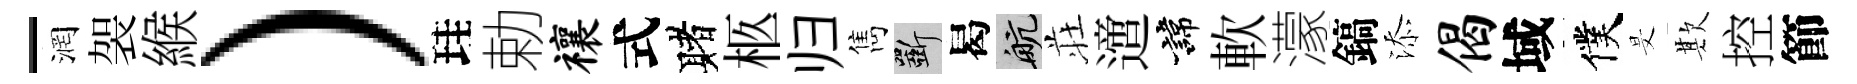
-润袈緱）珪勅禳式赌柩归雋斫曷航荘𨗁諱軟濛鎬添偈域僕旻欺控節